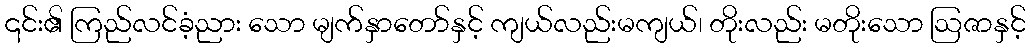
၎င်း၏ ကြည်လင်ခံ့ညား သော မျက်နှာတော်နှင့် ကျယ်လည်းမကျယ်၊ တိုးလည်း မတိုးသော ဩဇာနှင့်